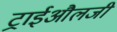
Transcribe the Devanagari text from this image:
ट्राईऔलजी